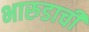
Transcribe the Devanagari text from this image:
भारुडाची